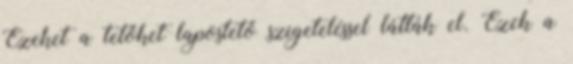
Ezeket a tetőket lapostető szigeteléssel látták el. Ezek a